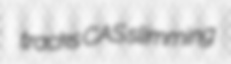
tracks CAS slimming